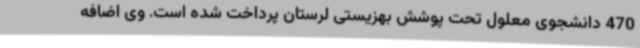
470 دانشجوی معلول تحت پوشش بهزیستی لرستان پرداخت شده است. وی اضافه